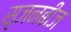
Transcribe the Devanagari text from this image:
सृजनबीज